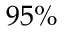
9 5 \%